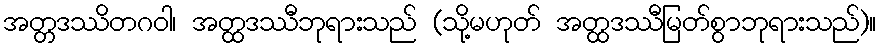
အတ္တဒဿိတဂဝါ၊ အတ္ထဒဿီဘုရားသည် (သို့မဟုတ် အတ္ထဒဿီမြတ်စွာဘုရားသည်)။